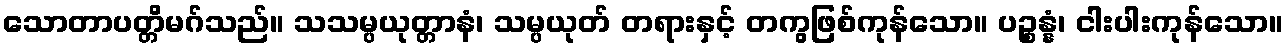
သောတာပတ္တိမဂ်သည်။ သသမ္ပယုတ္တာနံ၊ သမ္ပယုတ် တရားနှင့် တကွဖြစ်ကုန်သော။ ပဉ္စန္နံ၊ ငါးပါးကုန်သော။